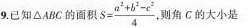
9.已知△ABC的面积$$S = \frac { a ^ { 2 } + b ^ { 2 } - c ^ { 2 } { 4 }$$ ，则角C的大小是